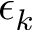
\epsilon _ { k }